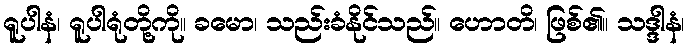
ရူပါနံ၊ ရူပါရုံတို့ကို။ ခမော၊ သည်းခံနိုင်သည်။ ဟောတိ၊ ဖြစ်၏။ သဒ္ဒါနံ၊